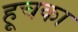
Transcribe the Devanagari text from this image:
हूचका